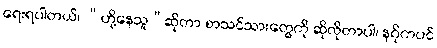
ရေးရပါတယ်၊ “ဟို့နေသူ”ဆိုတာ စာသင်သားတွေကို ဆိုလိုတာပါ၊ နဂိုကပင်